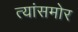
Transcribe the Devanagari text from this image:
त्यांसमोर